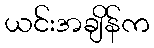
ယင်းအချိန်က